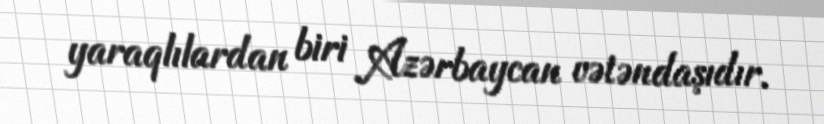
yaraqlılardan biri Azərbaycan vətəndaşıdır.